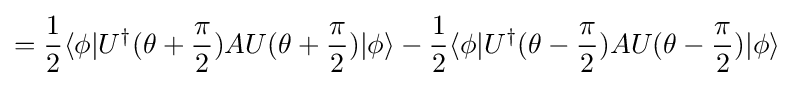
={\frac {1}{2}}\langle \phi |U^{\dagger }(\theta +{\frac {\pi }{2}})AU(\theta +{\frac {\pi }{2}})|\phi \rangle -{\frac {1}{2}}\langle \phi |U^{\dagger }(\theta -{\frac {\pi }{2}})AU(\theta -{\frac {\pi }{2}})|\phi \rangle